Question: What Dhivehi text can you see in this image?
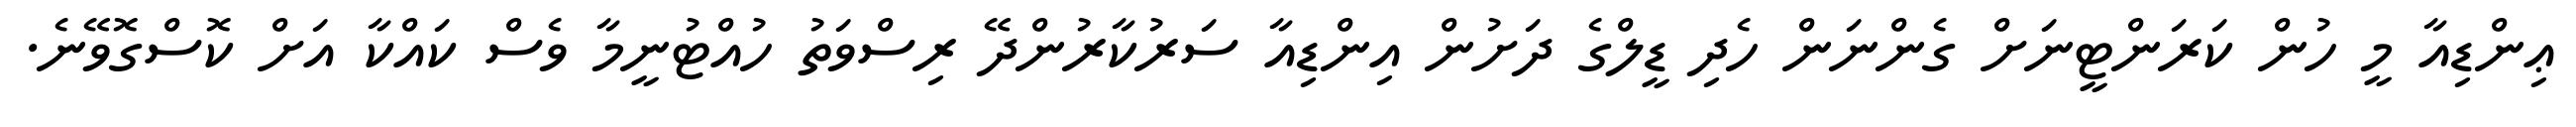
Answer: ޢިންޑިއާ މީ ހުން ކަރަންޓީނަށް ގެންނަން ހެދި ޑީލްގެ ދަށުން އިންޑިއާ ސަރުކާރުންދޭ ރިސްވަތު ހުއްޓުނީމާ ވެސް ކައްކާ އަށް ކޮސްގޮވޭނެ.